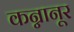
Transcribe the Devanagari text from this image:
कन्नानूर